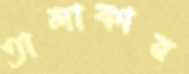
তালাকার